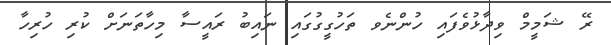
ރޭ ޝަމީމް ވިދާޅުވެފައި ހުންނެވ ތަހުގީގުގައި ނައިބު ރައީސާ މިހާތަނަށް ކުރި ހުރިހާ